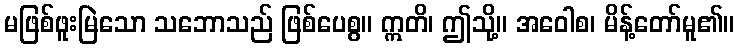
မဖြစ်ဖူးမြဲသော သဘောသည် ဖြစ်ပေစွ။ ဣတိ၊ ဤသို့။ အဝေါစ၊ မိန့်တော်မူ၏။